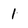
Character: 1